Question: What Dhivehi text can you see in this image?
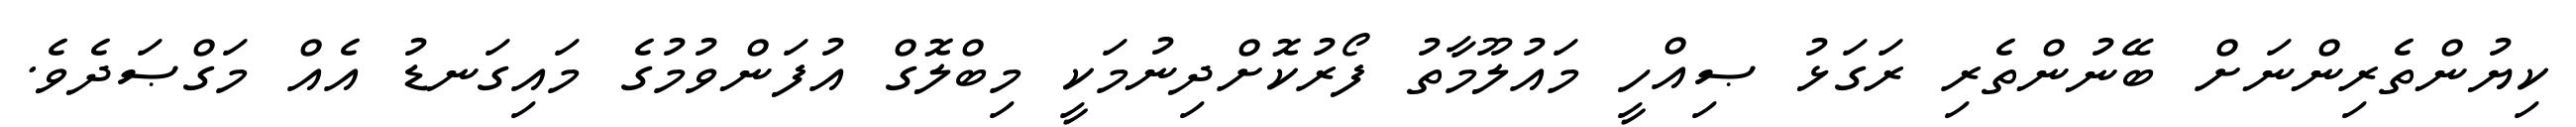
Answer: ކިޔުންތެރިންނަށް ބޭނުންތެރި ރަގަޅު ޞިއްހީ މައުލޫމާތު ފޯރުކޮށްދިނުމަކީ މިބްލޮގް އުފަންވުމުގެ މައިގަނޑު އެއް މަގްޞަދެވެ.